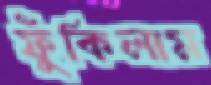
ফুঁকিলাম